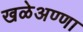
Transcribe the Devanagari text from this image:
खळेअण्णा